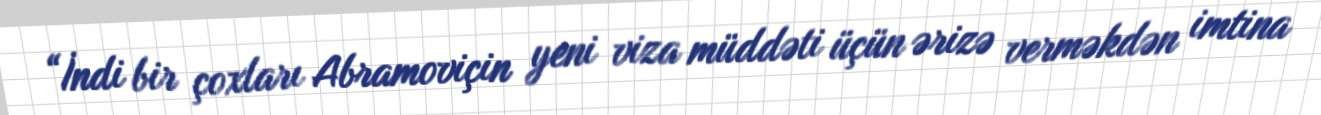
“İndi bir çoxları Abramoviçin yeni viza müddəti üçün ərizə verməkdən imtina